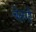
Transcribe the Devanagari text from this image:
चेलगी